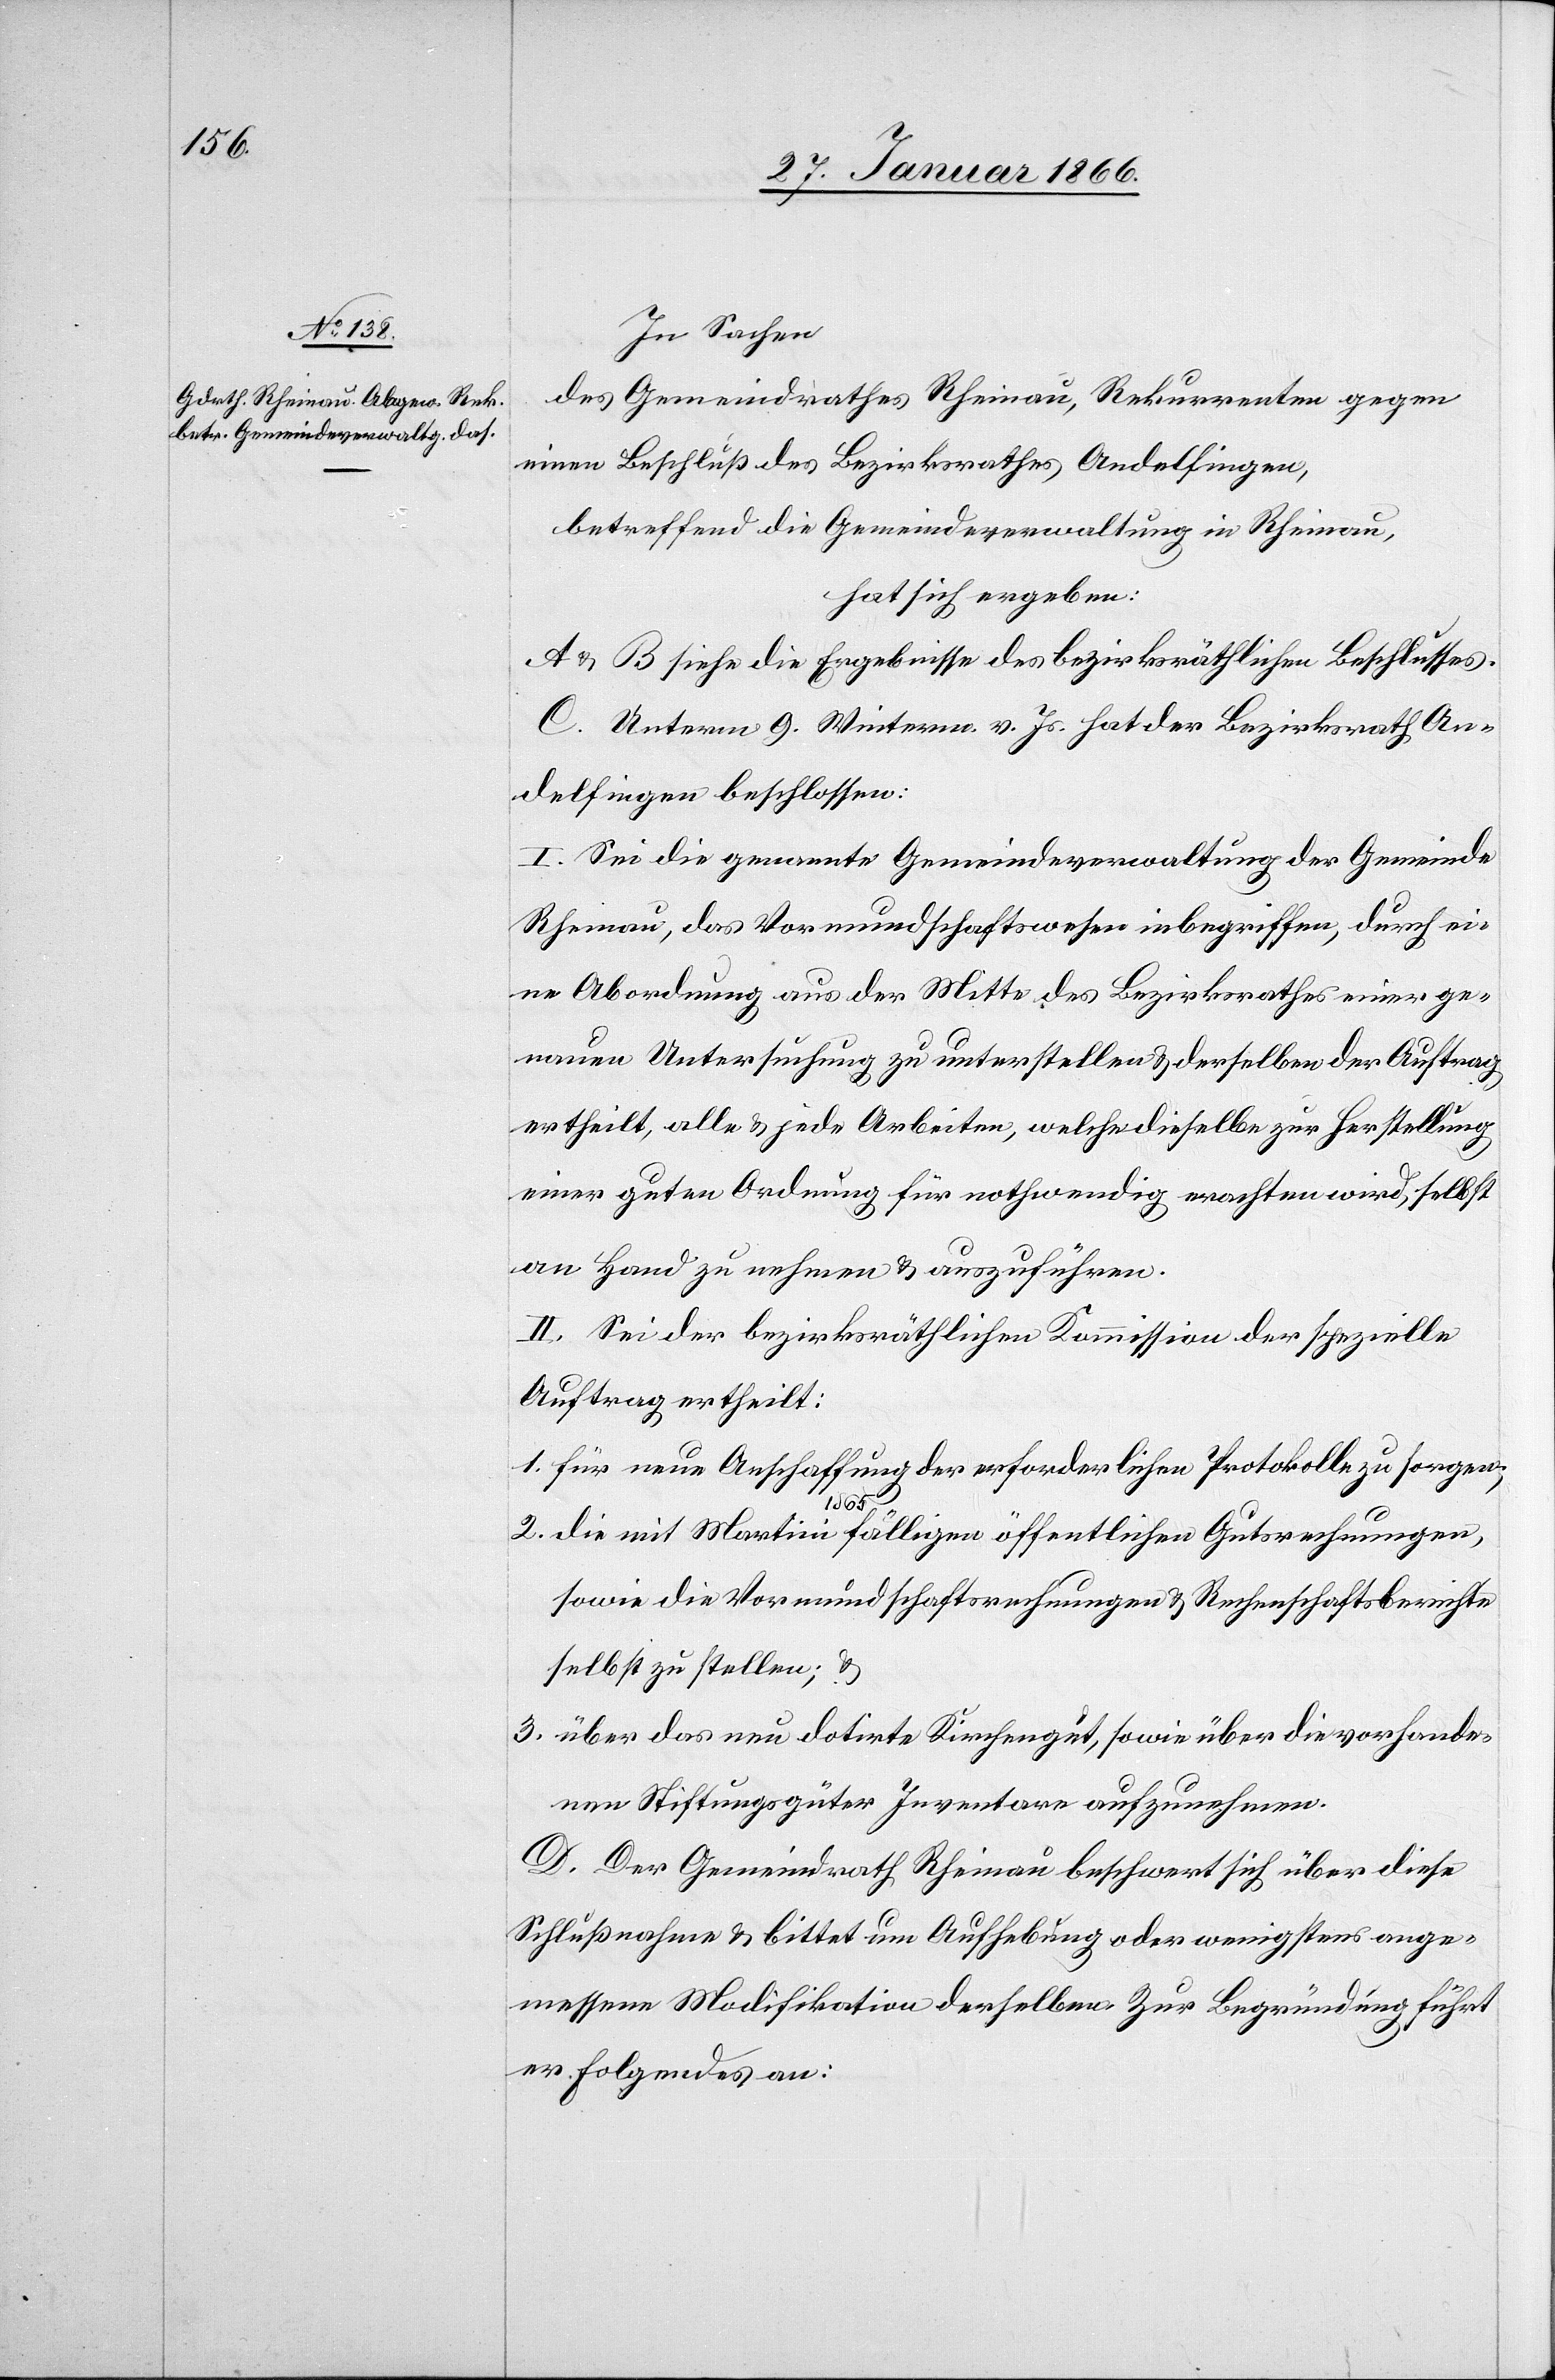
In Sachen
des Gemeindrathes Rheinau, Rekurrenten gegen
einen Beschluß des Bezirksrathes Andelfingen,
betreffend die Gemeindeverwaltung in Rheinau,
hat sich ergeben:
A & B siehe die Ergebnisse des bezirksräthlichen Beschlusses.
C. Unterm 9. Winterm. v. Js. hat der Bezirksrath An¬
delfingen beschlossen:
I. Sei die genannte Gemeindeverwaltung der Gemeinde
Rheinau, das Vormundschaftswesen inbegriffen, durch ei¬
ne Abordnung aus der Mitte des Bezirksrathes einer ge¬
nauen Untersuchung zu unterstellen u. derselben der Auftrag
ertheilt, alle u. jede Arbeiten, welche dieselbe zur Herstellung
einer guten Ordnung für nothwendig erachten wird, selbst
an Hand zu nehmen u. auszuführen.
II. Sei der bezirksräthlichen Kommission der spezielle
Auftrag ertheilt:
1. für neue Anschaffung der erforderlichen Protokolle zu sorgen;
2. die mit Martini 1865 fälligen öffentlichen Gutsrechnungen,
sowie die Vormundschaftsrechnungen u. Rechenschaftsberichte
selbst zu stellen; u.
3. über das neu dotirte Kirchengut, sowie über die vorhande¬
nen Stiftungsgüter Inventar aufzunehmen.
D. Der Gemeindrath Rheinau beschwert sich über diese
Schlußnahme u. bittet um Aufhebung oder wenigstens ange¬
messene Modifikation derselben. Zur Begründung führt
er Folgendes an: